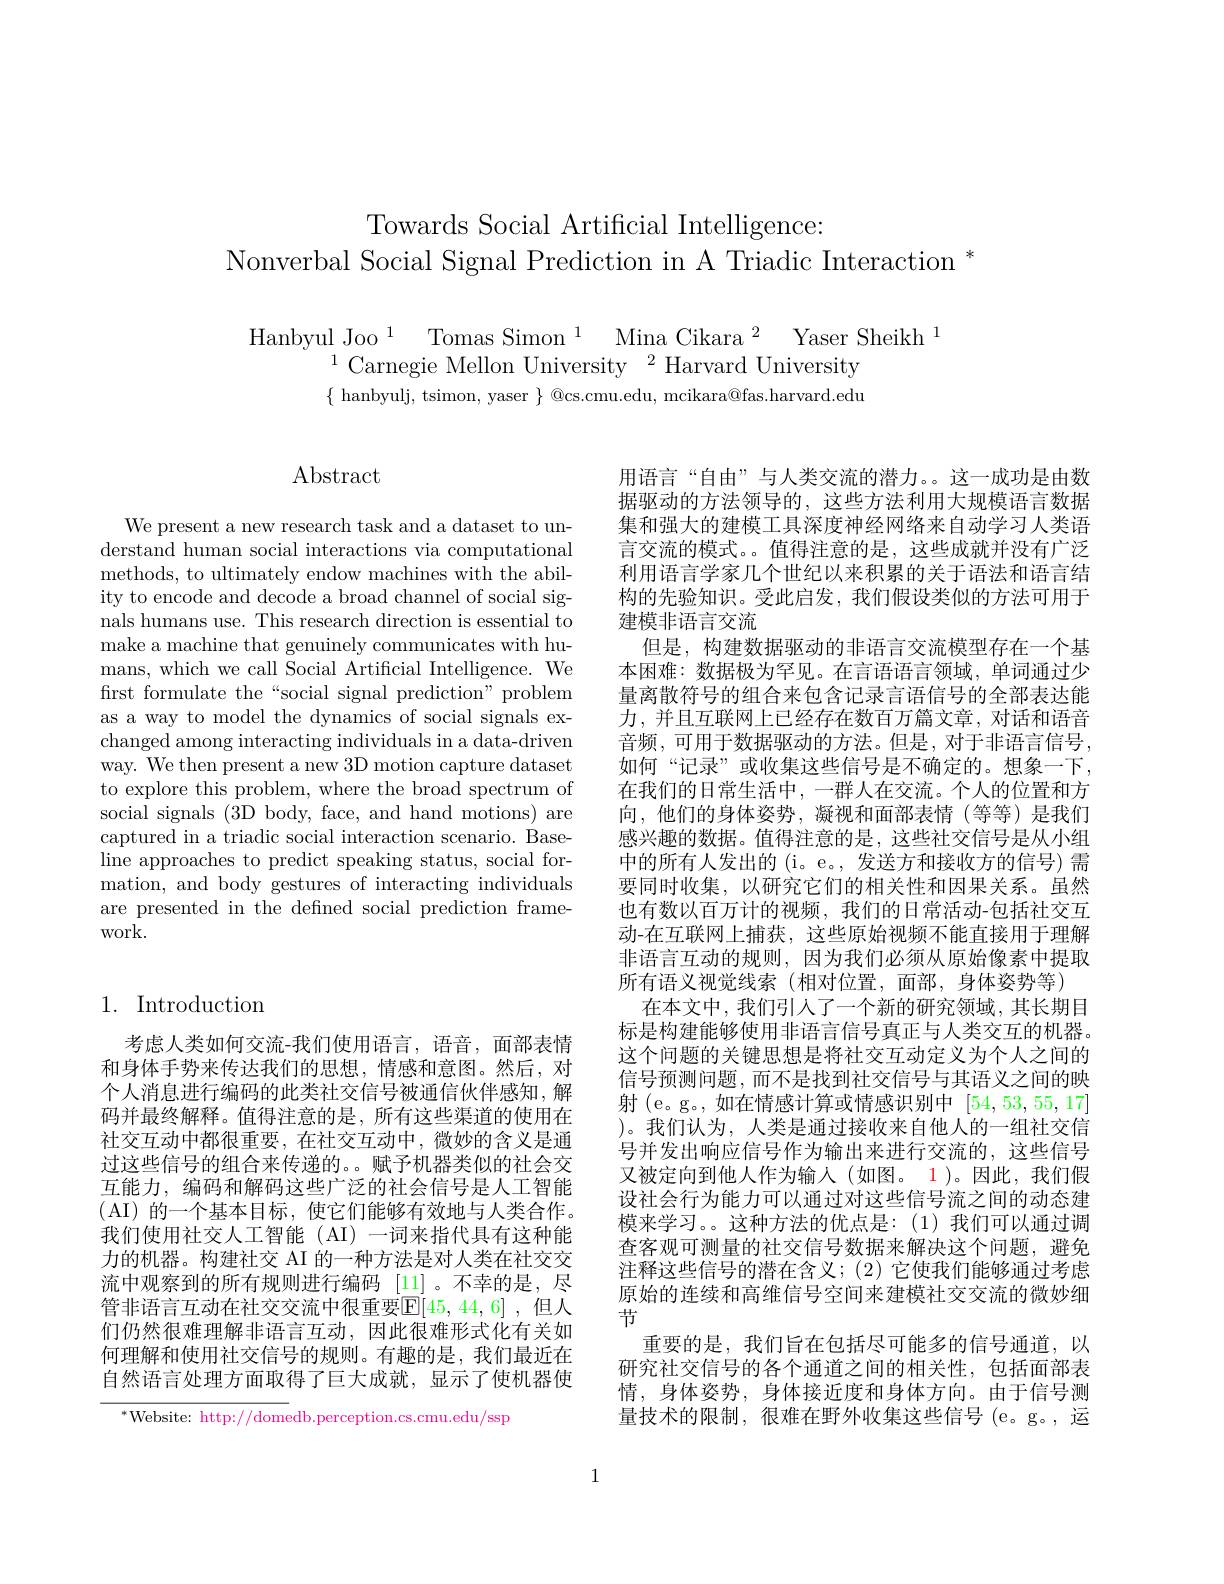
# Towards Social Artificial Intelligence: Nonverbal Social Signal Prediction in A Triadic Interaction *

$\begin{array}{c}{\mathrm{Hanbyul~Joo~}^{1}\text{Tomas Simon}^{1}\text{Mina Cikara}^{2}\text{Yaser Sheikh}^{1}}\\{^{1}\text{Carnegie Mellon University}^{2}\text{Harvard University}}\end{array}$
$\{\begin{array}{c}{\mathrm{hanbyulj,~tsimon,~yaser~}}\end{array}\}\begin{array}{c}{\textcircled {Q}\mathrm{cs.cmu.edu,~mcikara@fas.harvard.edu}}\\\end{array}$

## Abstract

We present a new research task and a dataset to understand human social interactions via computational methods, to ultimately endow machines with the ability to encode and decode a broad channel of social signals humans use. This research direction is essential to make a machine that genuinely communicates with humans, which we call Social Artificial Intelligence. We first formulate the“social signal prediction” problem as a way to model the dynamics of social signals exchanged among interacting individuals in a data-driven way. We then present a new 3D motion capture dataset to explore this problem, where the broad spectrum of social signals (3D body, face, and hand motions) are captured in a triadic social interaction scenario. Baseline approaches to predict speaking status, social formation, and body gestures of interacting individuals are presented in the defined social prediction framework.

## 1. Introduction

考虑人类如何交流-我们使用语言，语音，面部表情和身体手势来传达我们的思想，情感和意图。然后，对个人消息进行编码的此类社交信号被通信伙伴感知，解码并最终解释。值得注意的是，所有这些渠道的使用在社交互动中都很重要，在社交互动中，微妙的含义是通过这些信号的组合来传递的。。赋予机器类似的社会交互能力，编码和解码这些广泛的社会信号是人工智能( AI) 的一个基本目标，使它们能够有效地与人类合作。我们使用社交人工智能 (AI) 一词来指代具有这种能力的机器。构建社交 AI 的一种方法是对人类在社交交流中观察到的所有规则进行编码[11]。不幸的是，尽管非语言互动在社交交流中很重要$\mathbb{E}[45,44,6]$ ,但人们仍然很难理解非语言互动，因此很难形式化有关如何理解和使用社交信号的规则。有趣的是，我们最近在自然语言处理方面取得了巨大成就，显示了使机器使

$^*$Website: http://domedb.perception.cs.cmu.edu/ssp

用语言“自由”与人类交流的潜力。。这一成功是由数据驱动的方法领导的，这些方法利用大规模语言数据集和强大的建模工具深度神经网络来自动学习人类语言交流的模式。值得注意的是，这些成就并没有广泛利用语言学家几个世纪以来积累的关于语法和语言结构的先验知识。受此启发，我们假设类似的方法可用于建模非语言交流
但是，构建数据驱动的非语言交流模型存在一个基本困难：数据极为罕见。在言语语言领域，单词通过少量离散符号的组合来包含记录言语信号的全部表达能力，并且互联网上已经存在数百万篇文章，对话和语音音频，可用于数据驱动的方法。但是，对于非语言信号， 如何“记录”或收集这些信号是不确定的。想象一下， 在我们的日常生活中，一群人在交流。个人的位置和方向，他们的身体姿势，凝视和面部表情(等等)是我们感兴趣的数据。值得注意的是，这些社交信号是从小组中的所有人发出的 (i。e。, 发送方和接收方的信号) 需要同时收集，以研究它们的相关性和因果关系。虽然也有数以百万计的视频，我们的日常活动-包括社交互动-在互联网上捕获，这些原始视频不能直接用于理解非语言互动的规则，因为我们必须从原始像素中提取所有语义视觉线索(相对位置，面部，身体姿势等)
在本文中，我们引入了一个新的研究领域，其长期目标是构建能够使用非语言信号真正与人类交互的机器。这个问题的关键思想是将社交互动定义为个人之间的信号预测问题，而不是找到社交信号与其语义之间的映射 (e。g。,如在情感计算或情感识别中[54,53,55,17] )。我们认为，人类是通过接收来自他人的一组社交信号并发出响应信号作为输出来进行交流的，这些信号又被定向到他人作为输入(如图。1)。因此，我们假设社会行为能力可以通过对这些信号流之间的动态建模来学习。。这种方法的优点是：(1)我们可以通过调查客观可测量的社交信号数据来解决这个问题，避免注释这些信号的潜在含义；(2) 它使我们能够通过考虑原始的连续和高维信号空间来建模社交交流的微妙细节
重要的是，我们旨在包括尽可能多的信号通道，以研究社交信号的各个通道之间的相关性，包括面部表情，身体姿势，身体接近度和身体方向。由于信号测量技术的限制，很难在野外收集这些信号(e。g。,运

1